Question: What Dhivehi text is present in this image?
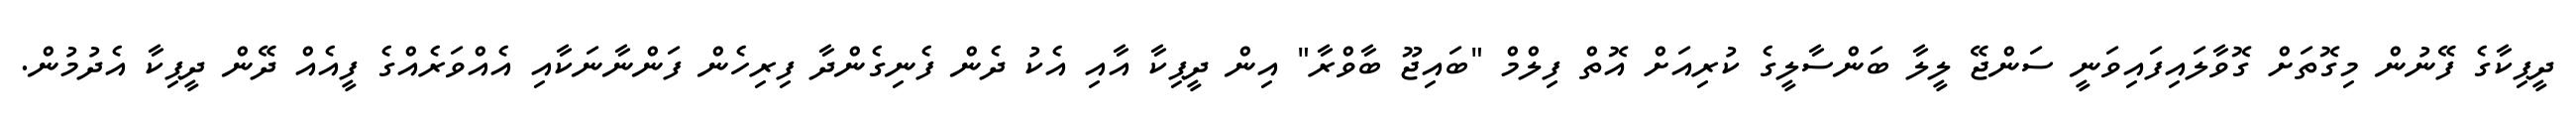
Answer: ދީޕިކާގެ ފޭނުން މިގޮތަށް ގޮވާލައިފައިވަނީ ސަންޖޭ ލީލާ ބަންސާލީގެ ކުރިއަށް އޮތް ފިލްމް "ބައިޖޫ ބާވްރާ" އިން ދީޕިކާ އާއި އެކު ދެން ފެނިގެންދާ ފިރިހެން ފަންނާނަކާއި އެއްވަރެއްގެ ފީއެއް ދޭން ދީޕިކާ އެދުމުން.